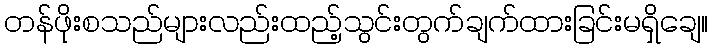
တန်ဖိုးစသည်များလည်းထည့်သွင်းတွက်ချက်ထားခြင်းမရှိချေ။